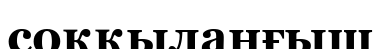
соққыланғыш